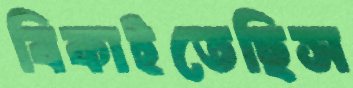
বিকাইতেছিস